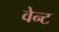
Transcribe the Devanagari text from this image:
वेन्ट